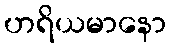
ဟရိယမာနော